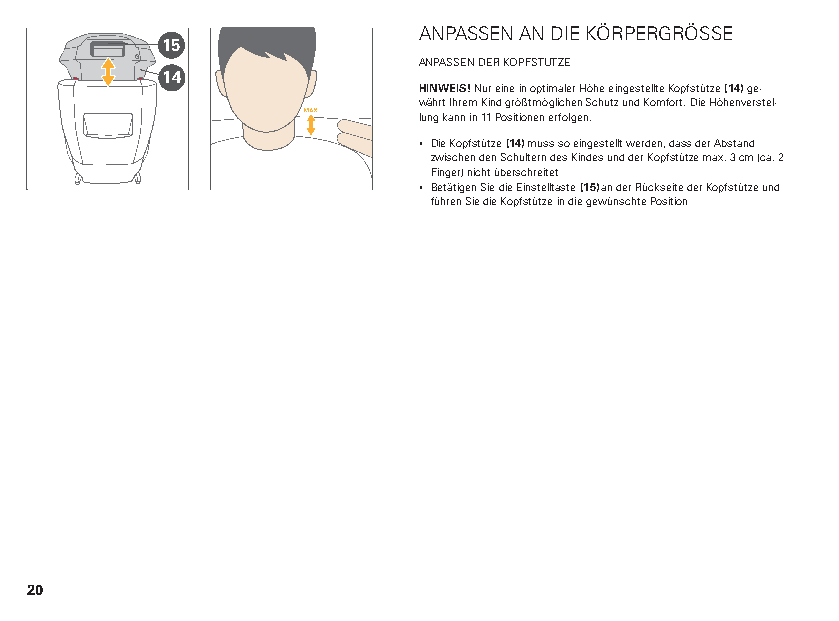
ANPASSEN AN DIE KÖRPERGRÖSSE
 15
 ANPASSEN DER KOPFSTÜTZE
 14
 HINWEIS! Nur eine in optimaler Höhe eingestellte Kopfstütze (14) ge-
 währt Ihrem Kind größtmöglichen Schutz und Komfort. Die Höhenverstel-
 lung kann in 11 Positionen erfolgen.
 ▪ Die Kopfstütze (14) muss so eingestellt werden, dass der Abstand
 zwischen den Schultern des Kindes und der Kopfstütze max. 3 cm (ca. 2
 Finger) nicht überschreitet
 ▪ Betätigen Sie die Einstelltaste (15) an der Rückseite der Kopfstütze und
 führen Sie die Kopfstütze in die gewünschte Position
 20